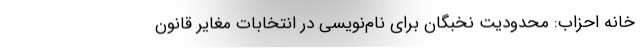
خانه احزاب: محدودیت نخبگان برای نام‌نویسی در انتخابات مغایر قانون